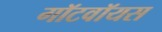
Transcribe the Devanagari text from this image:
गॉटवॉयस